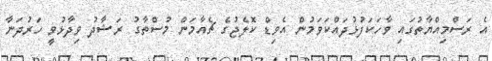
އެ ރަސްމިއްޔާތުގައި ވާހަކަފުޅުދައްކަވަމުން އެވިޑް ކޮލެޖުގެ ޗެއާމަން މުސްތާގު ރަޝާދު ވިދާޅުވީ ހަރުދަނާ